Calcutta medical institutions reports 1879-81 [i.e.91]
Year: 1879
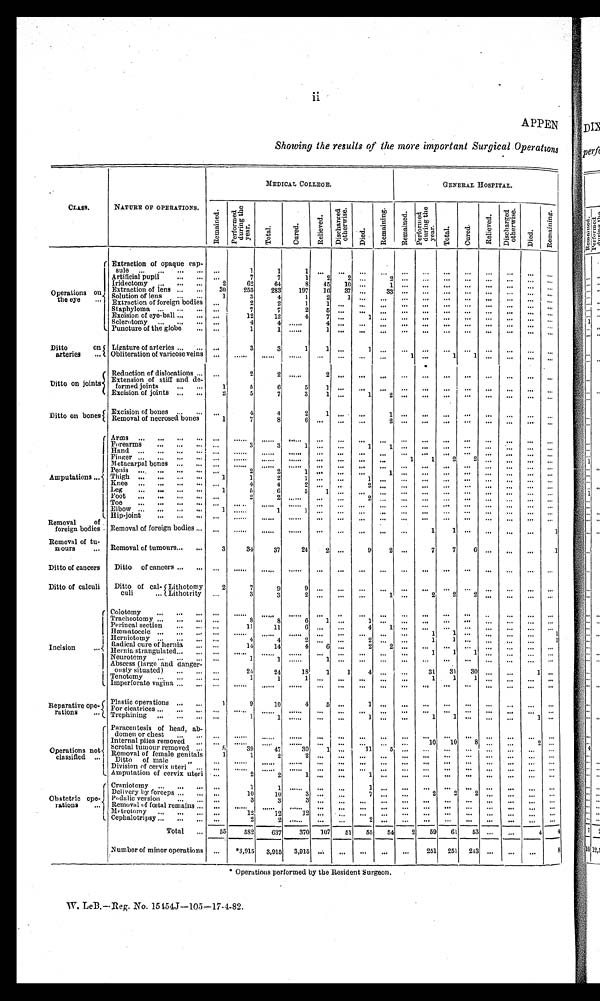
ii
APPEN
Showing the results of the more important Surgical Operations
CLASS.
NATURE OF OPERATIONS.
MEDICAL COLLEGE.
_
GENERAL HOSPITAL.
R e m a i n e d .
P e r f o r m e d d u r i n g t h e y e a r .
T o t a l .
C u r e d .
R e l i e v e d .
Di s c h a r g e d o t h e r wi s e .
D i e d .
R e m a i n i n g
R e m a i n e d .
P e r f o r m e d d u r i n g t h e y e a r .
T o t a l .
C u r e d .
R E l i e v e d .
D i s c h a r g e d o t h e r w i s e .
D i e d .
r e m a i n i n g .
Operations on
the eye
Extraction of opaque cap-
sule
. . .
1
1
1
. . .
. . .
. . .
...
. . . ...
...
. . .
. . .
. . .
. . .
. . .
Artificial pupil
...
7
7
1
2
2
2
Iridectomy
.
2
62
64
8 45
10 ...
Extraction of lens
30
253
283
197
16
37 ...
33 ...
...
...
...
Solution of lens
1
3
4
1
2 1
Extraction of foreign bodies ...
2
2
1
1 ...
Staphyloma
. . .
7
7
2
5 ...
...
...
Excision of eye-ball ...
...
. . .
12
12
4
7 ...
...
...
...
...
...
...
...
.., . . .
Sclerotomy...,
...
. . . . . .
4
4
. . . . . . . . .
4 ...
Puncture of the globe
...
1
1 ......
1
. . .
. . . ...
... ...
...
...
...
—
...
.„
Ditto
on
arteries
Ligature of arteries
...
3
3
1
1
...1
.
Obliteration of varicose veins
. . .
. . . . . .
. . . . . .
. . . . . . . . .
......
1 ...
1
. .. ...
...
Ditto on joints
Reduction of dislocations ...
. . . . . ,
2
2
. . . . . .
. . .
......
.
Extension of stiff and de-
formed joints
1
5
6
5
1
......
. . .
...
...
...
—
—
—
Excision of joints
2
5
7
3
1
...
1
2
—
Ditto on bones Excision of bones
.
. . .
4
4
2
1
...
. . .
Removal of necrosed bones
1
7
8
6 . . .
...
. . .
2 ...
...
Amputations
Arms
Forearms
3
3
1
h a n d .
.,.
...
...
Fi nger
...
......
......
......
...
...
...
...
1
1
2
2 ...
...
...
...
Metacarpal bones
...
Penis
...
2
2
Thigh
1
1
2
Thigh
4
4
2 ...
.
...
...
Leg
1
5
6
5
1
Foot ... ... ... ... ...
2
...
...
Toe
.....
—
...
—
—
Elbow
...
...
1
1
... ...
Hip-joint
......
.
. 0
Removal
of
foreign bodies Removal of foreign bodies
..
...
...
101
...
...
..
1
1 ...
.,.
...
...
1
Removal of tu-
mours
Removal of tumours
3
34
37
24
2 ...
9
7
7
6
...
1
Ditto of cancers
Ditto of cancers
....
...
...
...
Ditto of calculi
Ditto of cal- Lithotomy
culi
Lithotrity
2
7
9
. .
. . .
. . .
. . .
. . .
„
3
3
. . . . . .
2
2
2
. . . ...
...
...
Incision
Colotomy
.
...
...
...
...
. . .
—
. . .
Tracheotomy
8
8
6
.Perineal section . . .
. ::
11
11
6
. . . ...
4
—
. . .
...
...
...
...
timmatocelo
...
...
1
...
. . .
1
Ilerniotomy
..,
4
4
. . .
. . .
1
1
Radical cure of hernia
...
14
14
2
...
...
..
Hernia strangulated
...
. . .
1
1
...
Neurotomy
1
1
Abscess (large and danger-
otisly situated)
24
24
......
18
1
1
4
31
31
30
T e n o t o m y
1
1
1 ...
...
...
...
...
1
1
1
,„
...
... ...
—
Imperforate vagina
.
...
...
...
Reparative ope-
rations
Plastic operations
1
9
10
4
...
..9
. . .
. . .
...
. . . ...
—
For cicatrices
..
—
Trephining
..,
i
1 ......
—
—
—
1
Operations not
classified
Paracentesis of head, ab-
domen or chest
...
...
...
...
. . .
Internal piles remove
Scrotal tumour removed
39
30
47
...
...
... 11
. . . —
10
10
8
2
Scrotal tunour removed
Removal of female genitals
1
1
2
...
...
. . . ... ...
Ditto o f m a l e , ,
—
...
,,
Division of cervix uteri ... ...
—
”'
...
Amputation of cervix uteri ...
2
2
...
1 ...
Obstetric ope-
rations
Craniotomy
..,
1
1 ...... ...
. . .
1
. . .
. . . ...
... ...
... —
Delivery by forceps
...
10
10
...
7
2
Podalic version
3
3
...
...
...
...
...
. .
. . . .
Removal of foetal remains
..
. . .
Mt-trotorny .„ .., ... :..
19
12
12 ...
. . . ...
...
. . .
. . .
Cephalotripsy ...
... ... ...
9
2 ......
...
...
Total ...
55
5S2
637
370 107
51
55
54
2
59
61
53 ...
...
4
4
Number of minor operations ...
*3,915 3,915 3,915 ....
...
...
...
—
251 251 243
.
...
...
. . .
0 + + + + + + + + + + + + + + + + + + + + + + + + + + + + + + + + + + + + + + + + + + + + + + + + + + + + + + + + + +
.
--
8
* Operations performed by the Resident Surgeon.
W. LeB.—Reg. No. 15 t54J-105-17–4–82.